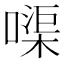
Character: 𠹱